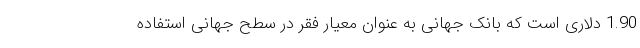
1.90 دلاری است که بانک جهانی به عنوان معیار فقر در سطح جهانی استفاده